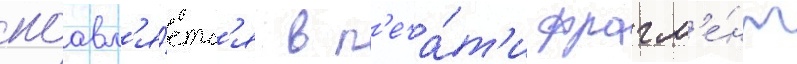
поавл'я́етс'я в п'еча́т'и фрагм'е́нт